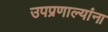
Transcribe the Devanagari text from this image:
उपप्रणाल्यांना